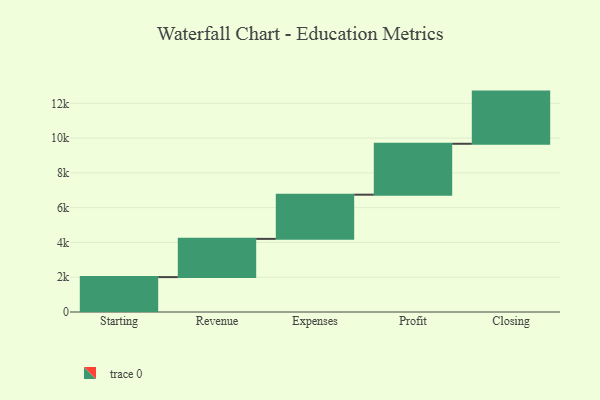
{"axis": {"x": "Step", "y": "Value"}, "legend": [""], "data": [{"x": "Starting", "y": 2007.0, "type": ""}, {"x": "Revenue", "y": 2198.0, "type": ""}, {"x": "Expenses", "y": 2541.0, "type": ""}, {"x": "Profit", "y": 2927.0, "type": ""}, {"x": "Closing", "y": 3000, "type": ""}]}